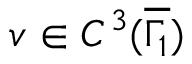
v \in C ^ { 3 } ( \overline { { \Gamma _ { 1 } } } )